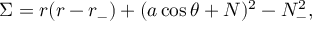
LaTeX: \Sigma = r ( r - r _ { - } ) + ( a \cos \theta + N ) ^ { 2 } - N _ { - } ^ { 2 } ,